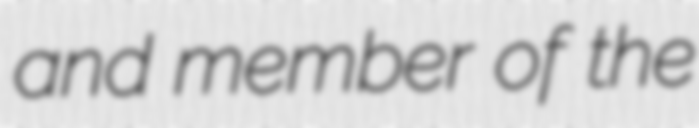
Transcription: and member of the